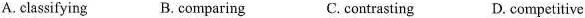
A.classifying B. comparing C.contrasting D. competitive